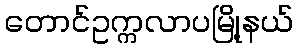
တောင်ဥက္ကလာပမြို့နယ်